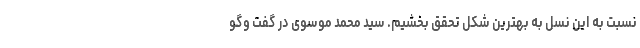
نسبت به این نسل به بهترین شکل تحقق بخشیم. سید محمّد موسوی در گفت وگو